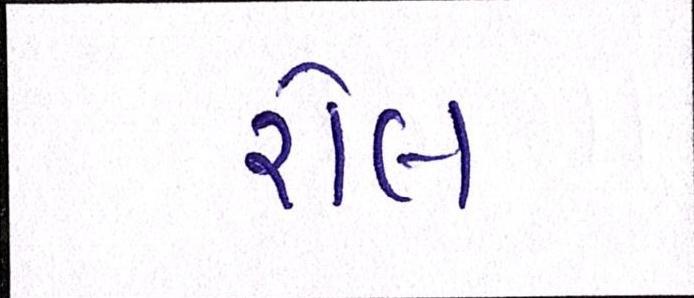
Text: રોલ